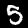
Digit: 5